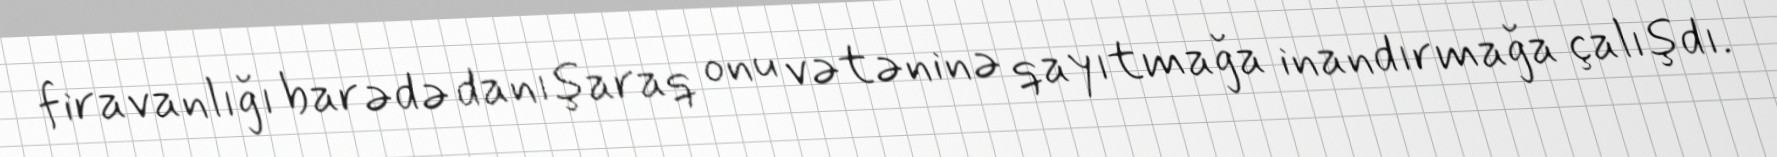
firavanlığı barədə danışaraq onu vətəninə qayıtmağa inandırmağa çalışdı.